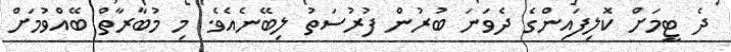
ދެ ޓީމަށް ކޮލިފައިންގެ ދެވަނަ ބުރުން ފުރުސަތު ލިބޭނެއެވެ. މި މުބާރާތް ބޭއްވުމަށް